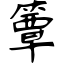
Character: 簟